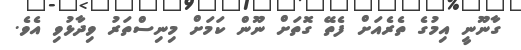
ގާނޫނީ އިމުގެ ތެރެއަށް ފެތޭ ގޮތަށް ނޫން ކަމަށް މިނިސްތަރު ވިދާޅުވި އެވެ.